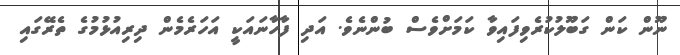
ނޫން ކަން ގަބޫލުކުރެވިފައިވާ ކަމަށްވެސް ބުންނެވެ. އަދި ފާހާނައަކީ އަހަރެމެން ދިރިއުޅުމުގެ ތެރޭގައި